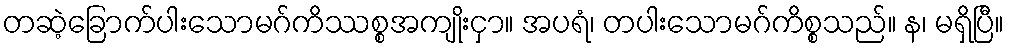
တဆဲ့ခြောက်ပါးသောမဂ်ကိဿစ္စအကျိုးငှာ။ အပရံ၊ တပါးသောမဂ်ကိစ္စသည်။ န၊ မရှိပြီ။